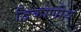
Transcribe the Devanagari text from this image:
द्विकोणीय